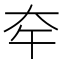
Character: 𡗧